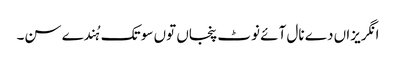
انگریزاں دے نال آئے نوٹ پنجاں توں سو تک ہُندے سن۔